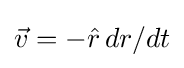
{\vec {v}}=-{\hat {r}}\,dr/dt